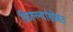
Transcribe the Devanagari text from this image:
किल्ल्यांसोबत